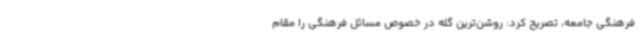
فرهنگی جامعه، تصریح کرد: روشن‌ترین گله در خصوص مسائل فرهنگی را مقام